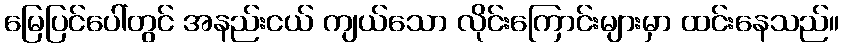
မြေပြင်ပေါ်တွင် အနည်းငယ် ကျယ်သော လိုင်းကြောင်းများမှာ ထင်းနေသည်။